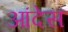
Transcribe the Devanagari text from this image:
आंदेस